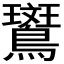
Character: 𬷱